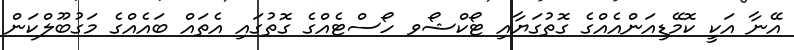
އޭނާ އަކީ ކޮމޭޑިއަންއެއްގެ ގޮތުގަޔާއި ޓޯކްޝޯވ ހޯސްޓެއްގެ ގޮތުގައި އެތައް ބައެއްގެ މަގުބޫލްކަން